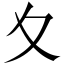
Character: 夊